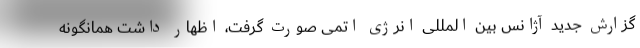
گزارش جدید آژانس بین المللی انرژی اتمی صورت گرفت، اظهار داشت همانگونه